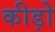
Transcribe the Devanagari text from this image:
कीड़ोे